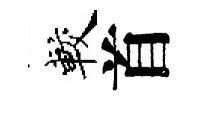
較首